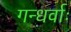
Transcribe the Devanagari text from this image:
गन्धर्वाः